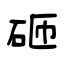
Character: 砸